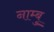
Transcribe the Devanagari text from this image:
नाम्बु